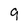
Character: g